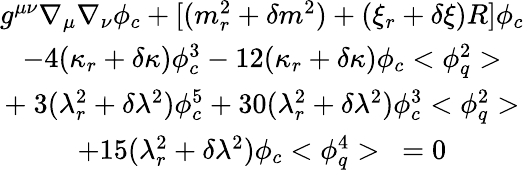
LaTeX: \begin{array}{c}{{g^{\mu\nu}\nabla_{\mu}\nabla_{\nu}\phi_{c}+[(m_{r}^{2}+\delta m^{2})+(\xi_{r}+\delta\xi)R]\phi_{c}}}\\ {{-4(\kappa_{r}+\delta\kappa)\phi_{c}^{3}-12(\kappa_{r}+\delta\kappa)\phi_{c}<\phi_{q}^{2}>}}\\ {{+\ 3(\lambda_{r}^{2}+\delta\lambda^{2})\phi_{c}^{5}+30(\lambda_{r}^{2}+\delta\lambda^{2})\phi_{c}^{3}<\phi_{q}^{2}>}}\\ {{+15(\lambda_{r}^{2}+\delta\lambda^{2})\phi_{c}<\phi_{q}^{4}>\ =0}}\end{array}